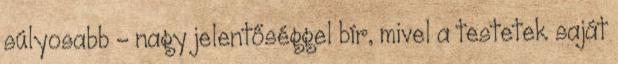
súlyosabb – nagy jelentőséggel bír, mivel a testetek saját